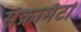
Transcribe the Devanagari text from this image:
सॅक्रामँटो